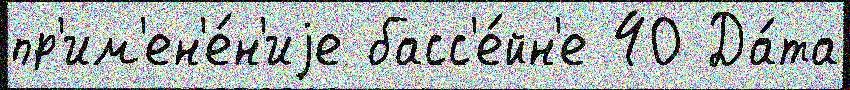
пр'им'ен'е́н'иjе басс'е́йн'е 40 Да́та